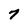
Character: 7